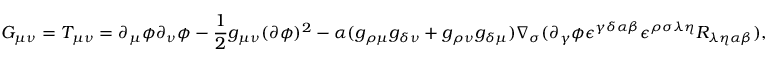
G _ { \mu \nu } = T _ { \mu \nu } = \partial _ { \mu } \phi \partial _ { \nu } \phi - \frac { 1 } { 2 } g _ { \mu \nu } ( \partial \phi ) ^ { 2 } - \alpha ( g _ { \rho \mu } g _ { \delta \nu } + g _ { \rho \nu } g _ { \delta \mu } ) \nabla _ { \sigma } ( \partial _ { \gamma } \phi \epsilon ^ { \gamma \delta \alpha \beta } \epsilon ^ { \rho \sigma \lambda \eta } R _ { \lambda \eta \alpha \beta } ) ,